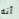
أنه